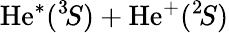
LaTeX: \mathrm{He}^{*}(^{3}\! S)+\mathrm{He}^{+}(^{2}\! S)